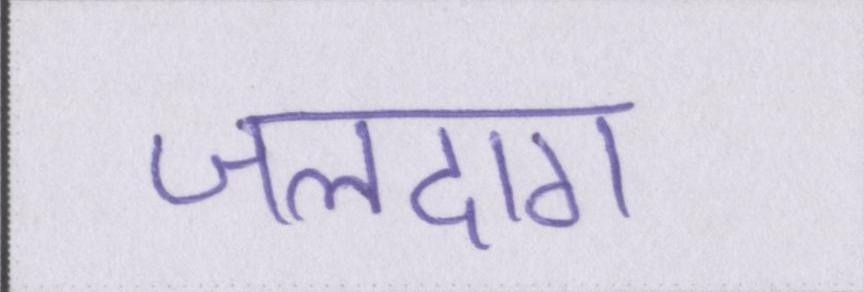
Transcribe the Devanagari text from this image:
जलदाग